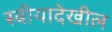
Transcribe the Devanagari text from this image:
स्त्रीयादेखील